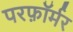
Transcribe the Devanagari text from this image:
परफ़ॉर्मर